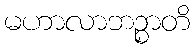
မဟာလာဘဉ္စာတိ